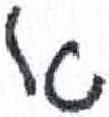
אות: א